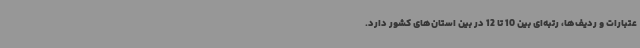
عتبارات و ردیف‌ها، رتبه‌ای بین 10 تا 12 در بین استان‌های کشور دارد.